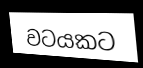
වටයකට